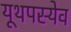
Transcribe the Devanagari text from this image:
यूथपस्येव